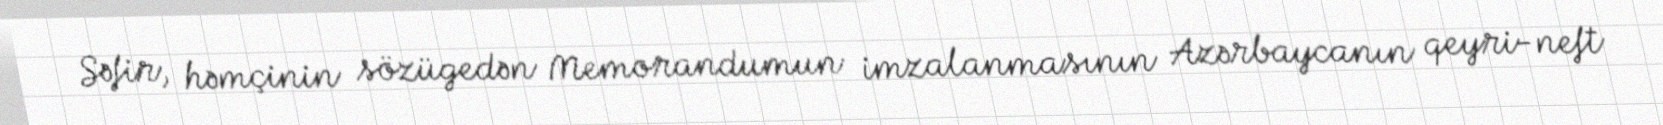
Səfir, həmçinin sözügedən Memorandumun imzalanmasının Azərbaycanın qeyri-neft